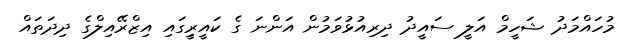
މުހައްމަދު ޝަހީމް އަލީ ސައީދު ދިރިއުޅުވަމުން އަންނަ ގެ ކައީރިީގައި އިޒްރޭއިލްގެ ދިދަތައް